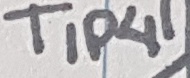
Text: TIP41